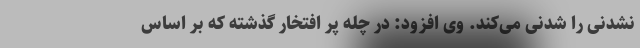
نشدنی را شدنی می‌کند. وی افزود: در چله پر افتخار گذشته که بر اساس